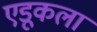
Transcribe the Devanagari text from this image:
एडूकला